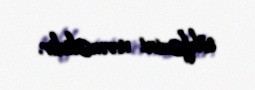
töhfəsini verməlidir.